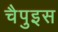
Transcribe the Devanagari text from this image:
चैपुइस